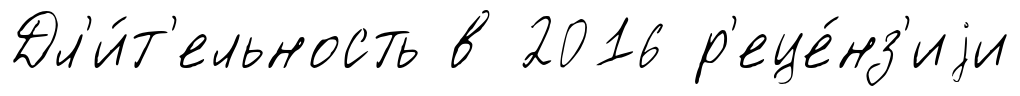
Дл'и́т'ельность в 2016 р'еце́нз'иjи